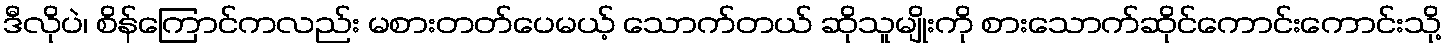
ဒီလိုပဲ၊ စိန်ကြောင်ကလည်း မစားတတ်ပေမယ့် သောက်တယ် ဆိုသူမျိုးကို စားသောက်ဆိုင်ကောင်းကောင်းသို့